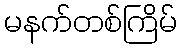
မနက်တစ်ကြိမ်